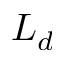
L _ { d }